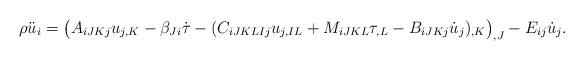
LaTeX: \begin{align*}\rho \ddot{u}_i = \big(A_{iJKj} u_{j,K} - \beta_{Ji} \dot{\tau} -(C_{iJKLIj} u_{j,IL} + M_{iJKL} \tau_{,L} - B_{iJKj}\dot{u}_{j})_{,K}\big)_{,J} - E_{ij} \dot{u}_{j}.\end{align*}